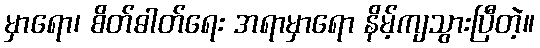
မှာရော၊ စိတ်ဓါတ်ရေး အရာမှာရော နိမ့်ကျသွားပြီတဲ့။